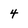
Character: 4